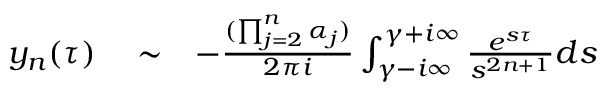
\begin{array} { r l r } { y _ { n } ( \tau ) } & { { } \sim } & { - \frac { ( \prod _ { j = 2 } ^ { n } \alpha _ { j } ) } { 2 \pi i } \int _ { \gamma - i \infty } ^ { \gamma + i \infty } \frac { e ^ { s \tau } } { s ^ { 2 n + 1 } } d s } \end{array}